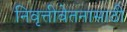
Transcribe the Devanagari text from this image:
निवृत्तीवेतनासाठी